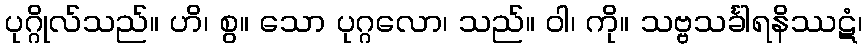
ပုဂ္ဂိုလ်သည်။ ဟိ၊ စွ။ သော ပုဂ္ဂလော၊ သည်။ ဝါ၊ ကို။ သဗ္ဗသင်္ခါရနိဿဋံ၊